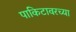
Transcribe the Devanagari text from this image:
पाकिटावरच्या